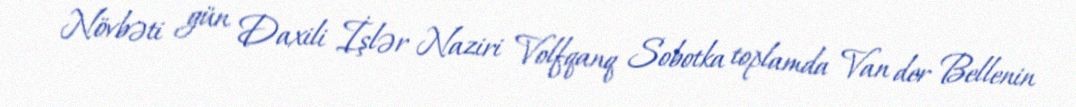
Növbəti gün Daxili İşlər Naziri Volfqanq Sobotka toplamda Van der Bellenin